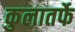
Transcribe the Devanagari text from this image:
कुलातर्फे